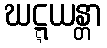
ဃဋ္ဋယန္တာ